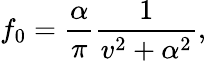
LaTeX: f_{0}=\frac{\alpha}{\pi}\frac{1}{v^{2}+\alpha^{2}},